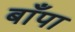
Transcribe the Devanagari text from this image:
बाँपा